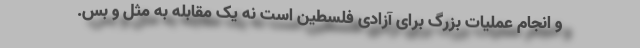
و انجام عملیات بزرگ برای آزادی فلسطین است نه یک مقابله به مثل و بس.